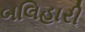
બલિહારી